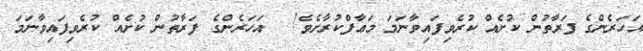
އަހަރެންގެ ފަރާތުން ކުށެއް ކުރެވިފައިވާނަމަ މަޢާފްކުރާށެވެ!  	އަހަރެންގެ ފަރާތުން ކުށެއް ކުރެވިފައިވާނަމަ